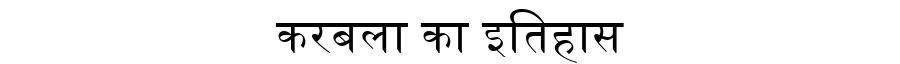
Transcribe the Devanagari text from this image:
करबला का इतिहास